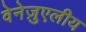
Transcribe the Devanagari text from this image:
वेनेज़ुएलीय